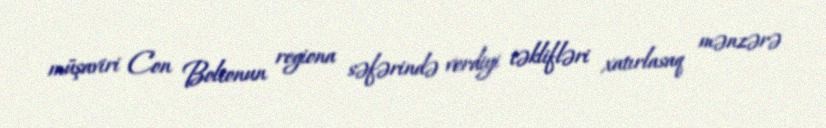
müşaviri Con Boltonun regiona səfərində verdiyi təklifləri xatırlasaq mənzərə